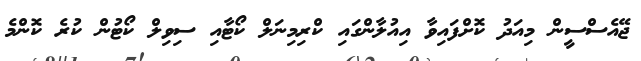
ޖޭއެސްސީން މިއަދު ކޮށްފައިވާ އިއުލާންގައި ކްރިމިނަލް ކޯޓާއި ސިވިލް ކޯޓުން ކުރެ ކޮންމެ